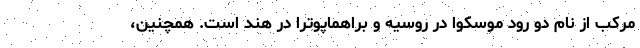
مرکب از نام دو رود موسکوا در روسیه و براهماپوترا در هند است. همچنین،